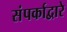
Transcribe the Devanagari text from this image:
संपर्काद्वारे